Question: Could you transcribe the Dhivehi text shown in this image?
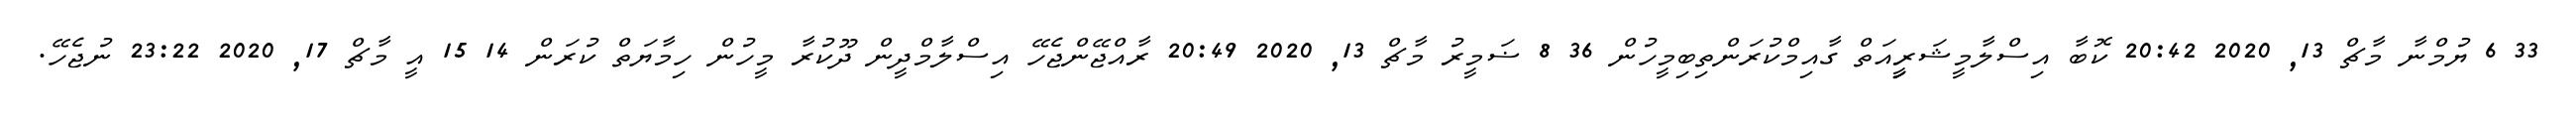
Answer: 33 6 ޔުމްނާ މާޗް 13, 2020 20:42 ކޮބާ އިސްލާމީޝަރިިީއަތް ގާއިމްކުރަންތިބިމީހުން 36 8 ޟަމީރު މާޗް 13, 2020 20:49 ރާއްޖޭންޖެހޭ އިސްލާމްދީން ދޫކުރާ މީހުން ހިމާޔަތް ކުރަން 14 15 އީ މާޗް 17, 2020 23:22 ނުޖެހޭ.